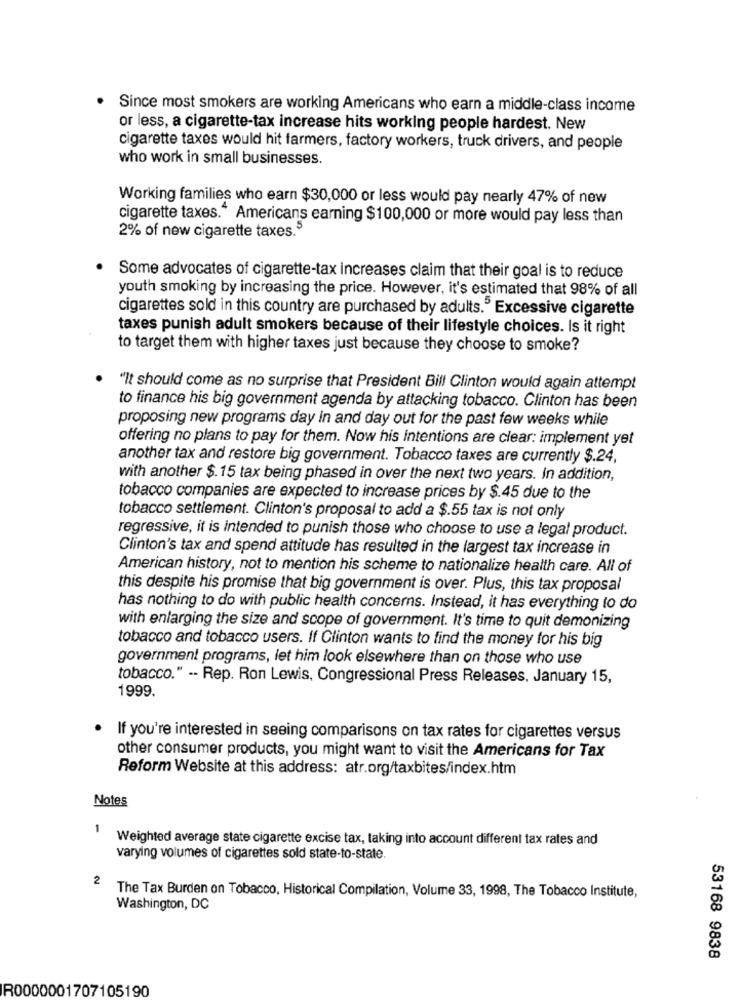
.
Since most smokers are working Americans who earn a middle-class income
or less, a cigarette-tax increase hits working people hardest. New
cigarette taxes would hit farmers, factory workers, truck drivers, and people
who work in small businesses.
Working families who earn $30,000 or less would pay nearly 47% of new
cigarette taxes." Americans earning $100,000 or more would pay less than
2% of new cigarette taxes.5
. Some advocates of cigarette-tax increases claim that their goal is to reduce
youth smoking by increasing the price. However, it's estimated that 98% of all
cigarettes sold in this country are purchased by adults." Excessive cigarette
taxes punish adult smokers because of their lifestyle choices. Is it right
to target them with higher taxes just because they choose to smoke?
"It should come as no surprise that President Bill Clinton would again attempt
to finance his big government agenda by attacking tobacco. Clinton has been
proposing new programs day in and day out for the past few weeks while
offering no plans to pay for them. Now his intentions are clear: implement yet
another tax and restore big government. Tobacco taxes are currently $.24,
with another $.15 tax being phased in over the next two years. In addition,
tobacco companies are expected to increase prices by $.45 due to the
tobacco settlement. Clinton's proposal to add a $.55 tax is not only
regressive, it is intended to punish those who choose to use a legal product.
Clinton's tax and spend attitude has resulted in the largest tax increase in
American history, not to mention his scheme to nationalize health care. All of
this despite his promise that big government is over. Plus, this tax proposal
has nothing to do with public health concerns. Instead, it has everything to do
with enlarging the size and scope of government. It's time to quit demonizing
tobacco and tobacco users. If Clinton wants to find the money for his big
government programs, let him look elsewhere than on those who use
tobacco." -- Rep. Ron Lewis, Congressional Press Releases, January 15,
1999.
If you're interested in seeing comparisons on tax rates for cigarettes versus
other consumer products, you might want to visit the Americans for Tax
Reform Website at this address: atr.org/taxbites/index.htm
Notes
Weighted average state cigarette excise tax, taking into account different tax rates and
varying volumes of cigarettes sold state-to-state.
2
The Tax Burden on Tobacco, Historical Compilation, Volume 33, 1998, The Tobacco Institute,
Washington, DC
53168 9838
R0000001707105190